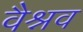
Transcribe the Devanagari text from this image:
वैश्नव